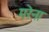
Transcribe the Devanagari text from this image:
मरेना